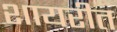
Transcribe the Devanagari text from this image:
शायरीत